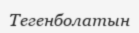
Тегенболатын